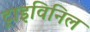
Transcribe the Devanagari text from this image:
ट्राइविनिल